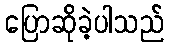
ပြောဆိုခဲ့ပါသည်